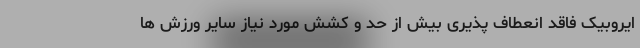
ایروبیک فاقد انعطاف پذیری بیش از حد و کشش مورد نیاز سایر ورزش ها